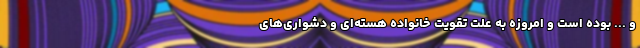
و ... بوده است و امروزه به علت تقویت خانواده هسته‌ای و دشواری‌های